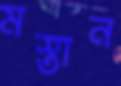
মস্তান